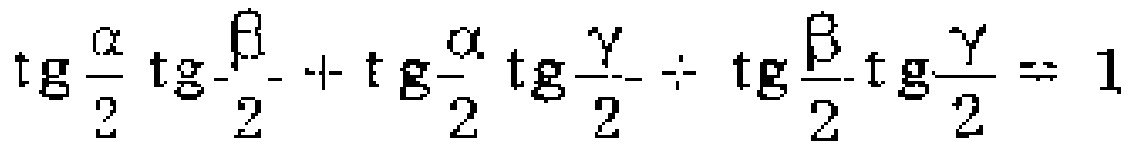
\(\operatorname{tg}\frac{\alpha}{2}\operatorname{tg}\frac{\beta}{2}+\operatorname{tg}\frac{\alpha}{2}\operatorname{tg}\frac{\gamma}{2}+\operatorname{tg}\frac{\beta}{2}\operatorname{tg}\frac{\gamma}{2}=1\)